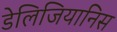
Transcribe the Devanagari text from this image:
डेलिजियानिस